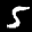
Label: 5